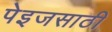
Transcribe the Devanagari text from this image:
पेइजसाठी